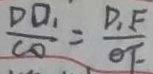
\frac { D O _ { 1 } } { C O } = \frac { D _ { 1 } F } { \theta F }